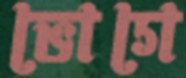
ভোগে